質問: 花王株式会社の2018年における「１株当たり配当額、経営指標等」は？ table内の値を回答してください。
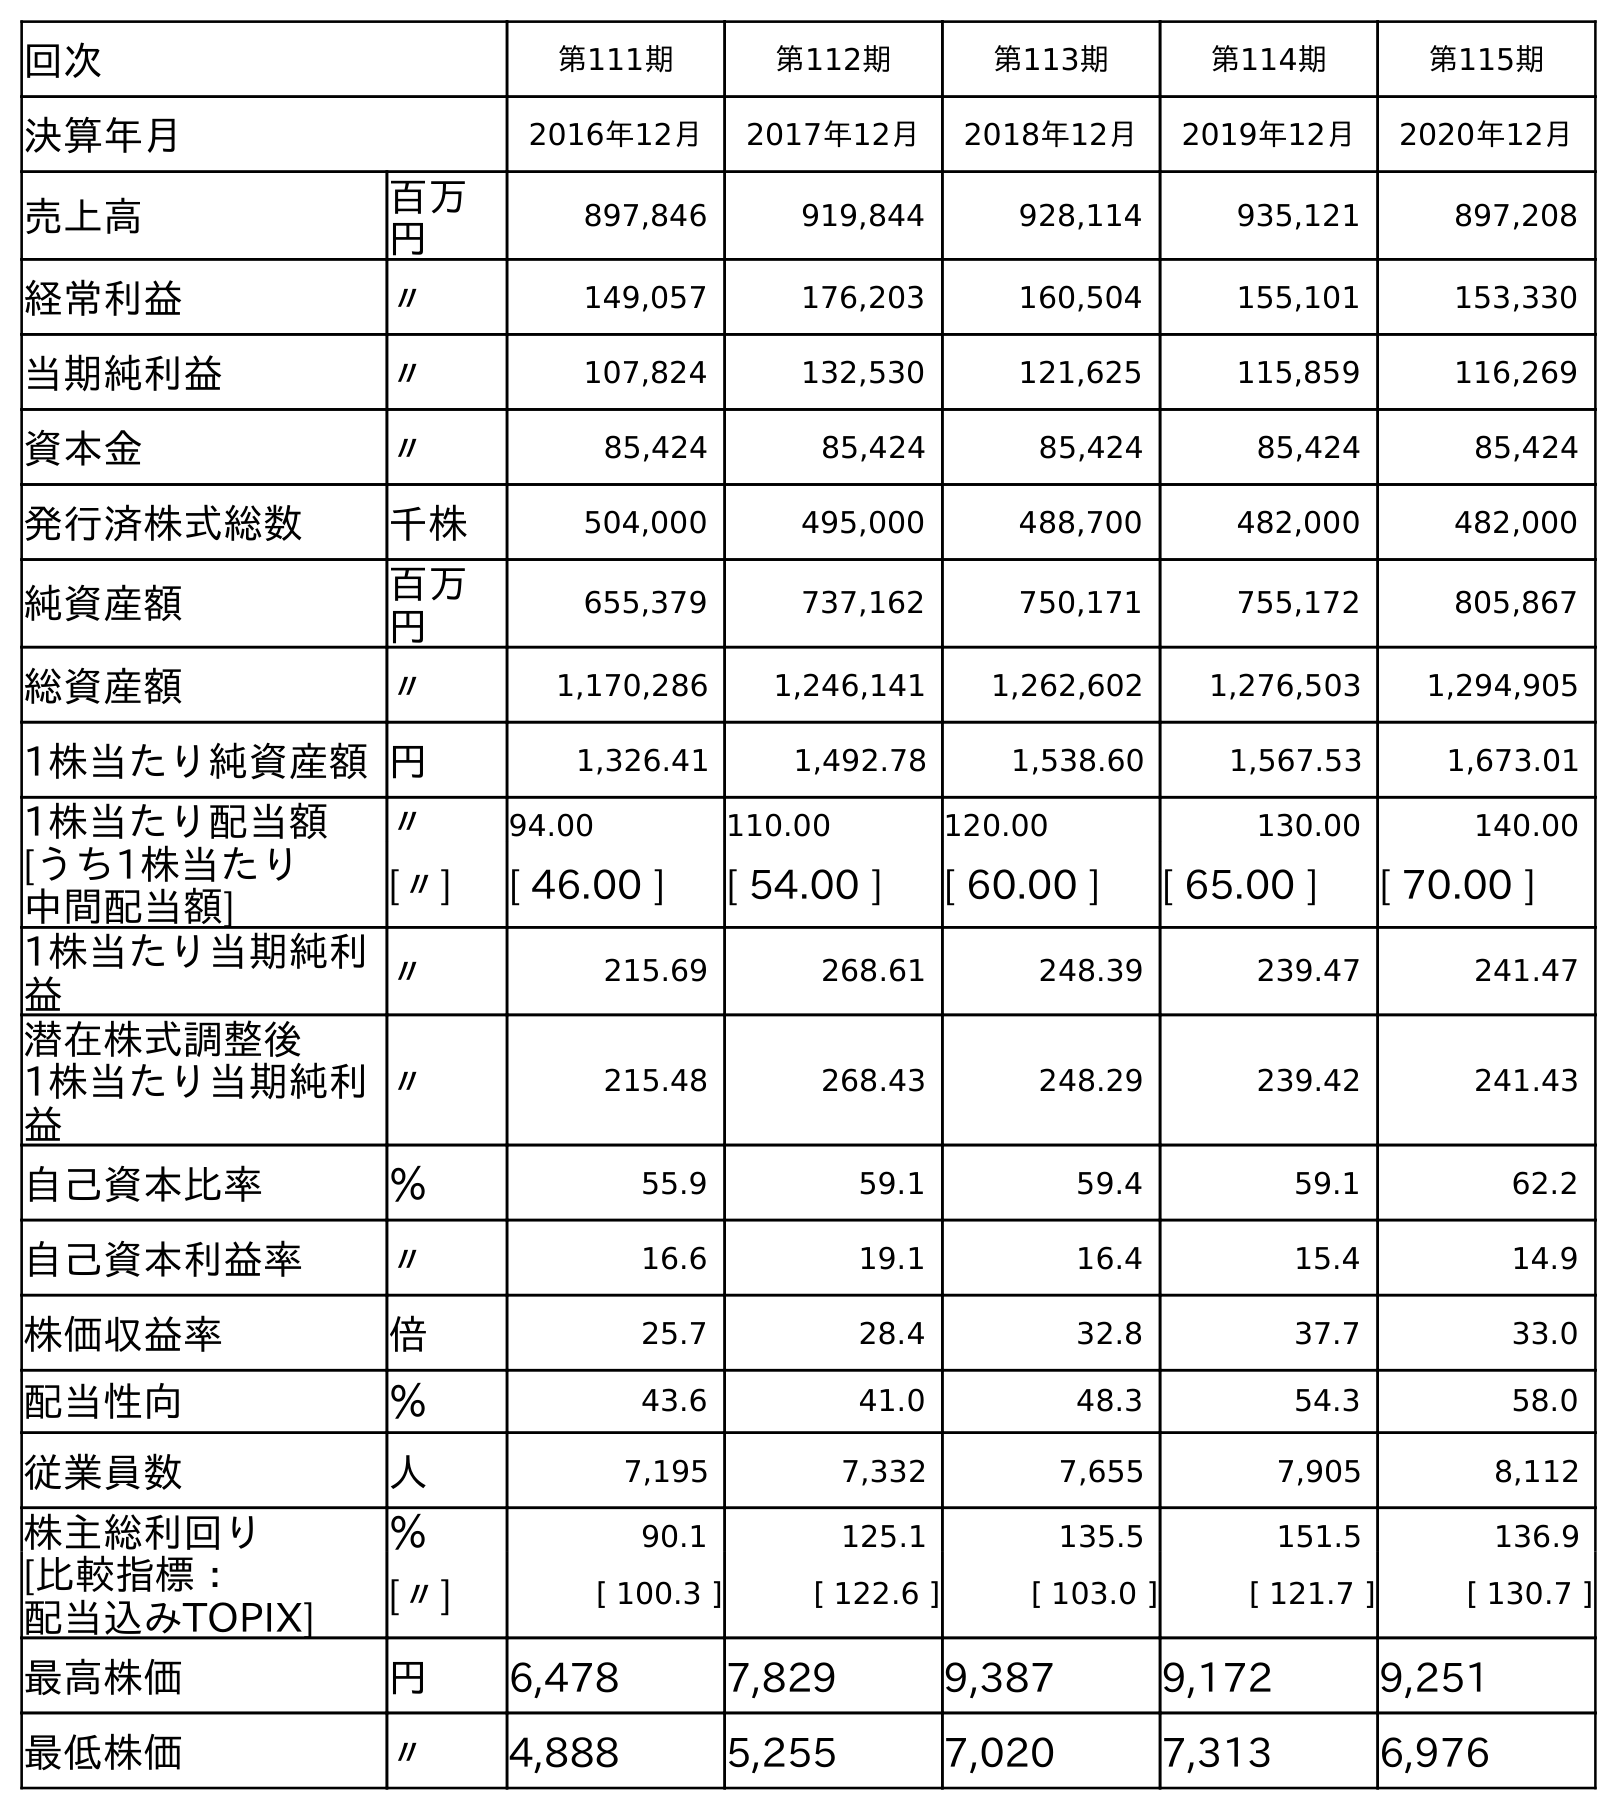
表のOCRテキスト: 回次 第111期 第112期 第113期 第114期 第115期 決算年月 2016年12月 2017年12月 2018年12月 2019年12月 2020年12月 売上高 百万 円 897,846 919,844 928,114 935,121 897,208 経常利益 〃 149,057 176,203 160,504 155,101 153,330 当期純利益 〃 107,824 132,530 121,625 115,859 116,269 資本金 〃 85,424 85,424 85,424 85,424 85,424 発行済株式総数 千株 504,000 495,000 488,700 482,000 482,000 純資産額 百万 円 655,379 737,162 750,171 755,172 805,867 総資産額 〃 1,170,286 1,246,141 1,262,602 1,276,503 1,294,905 1株当たり純資産額円 1,326.41 1,492.78 1,538.60 1,567.53 1,673.01 1株当たり配当額 〃 94.00 110.00 120.00 130.00 140.00 [うち1株当たり 中間配当額] [〃] [ 46.00 ] [ 54.00 ] [ 60.00 ] [ 65.00 ] [ 70.00 ] 1株当たり当期純利 益 〃 215.69 268.61 248.39 239.47 241.47 潜在株式調整後 1株当たり当期純利 益 〃 215.48 268.43 248.29 239.42 241.43 自己資本比率 ％ 55.9 59.1 59.4 59.1 62.2 自己資本利益率 〃 16.6 19.1 16.4 15.4 14.9 株価収益率 倍 25.7 28.4 32.8 37.7 33.0 配当性向 ％ 43.6 41.0 48.3 54.3 58.0 従業員数 人 7,195 7,332 7,655 7,905 8,112 株主総利回り ％ 90.1 125.1 135.5 151.5 136.9 [比較指標： 配当込みTOPIX] [〃] [ 100.3 ] [ 122.6 ] [ 103.0 ] [ 121.7 ] [ 130.7 ] 最高株価 円 6,478 7,829 9,387 9,172 9,251 最低株価 〃 4,888 5,255 7,020 7,313 6,976
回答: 120.00